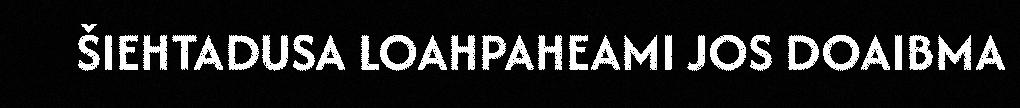
ŠIEHTADUSA LOAHPAHEAMI JOS DOAIBMA